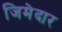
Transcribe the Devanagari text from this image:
जिमेदार